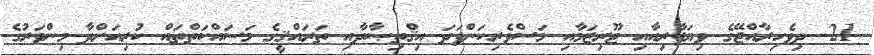
21. ދިވެހިރާއްޖޭގެ ވިޔަފާރިއާއި ޓޫރިޒަމާއި މަސްވެރިކަންފަދަ އިޤްތިޞާދާއި ތަރައްޤީގެ މަސައްކަތްތައް ކުރިއަށްދާ މިންވަރުގެ